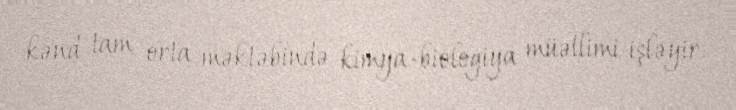
kənd tam orta məktəbində kimya-biologiya müəllimi işləyir.